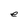
Character: e